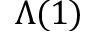
\Lambda ( 1 )